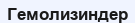
Гемолизиндер